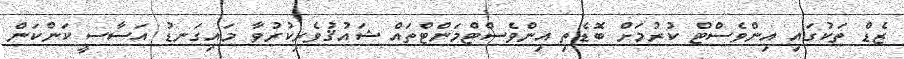
ޒެޑް ތަކުގައި އިންވެސްޓް ކުރުމަށް ބޮޑެތި އިންވެސްޓްމަންޓްތައް ޝައުޤުވެރިކުރުވާ މައިގަނޑު އަސާސީ ކަންކަން